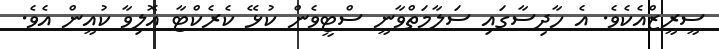
ސީރީޒްއެކެވެ. އެ ހާދިސާގައި ސަލާމަތްވާނީ ސްޓީވެން ކުޅޭ ކެރެކްޓާ އޮލިވާ ކުއީން އެވެ.